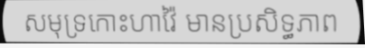
សមុទ្រកោះហាវ៉ៃ មានប្រសិទ្ធភាព